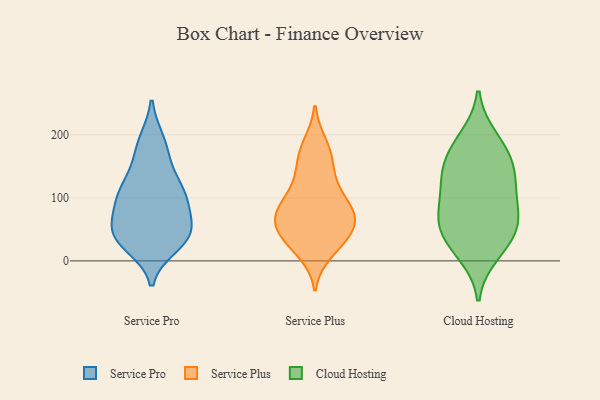
{"axis": {"x": "Inventory Turnover", "y": "Value"}, "legend": ["Cloud Hosting", "Service Plus", "Service Pro"], "data": [{"x": "", "y": 104, "type": "Service Pro"}, {"x": "", "y": 40, "type": "Service Pro"}, {"x": "", "y": 186, "type": "Service Pro"}, {"x": "", "y": 72, "type": "Service Pro"}, {"x": "", "y": 159, "type": "Service Pro"}, {"x": "", "y": 190, "type": "Service Pro"}, {"x": "", "y": 94, "type": "Service Pro"}, {"x": "", "y": 48, "type": "Service Pro"}, {"x": "", "y": 49, "type": "Service Pro"}, {"x": "", "y": 132, "type": "Service Pro"}, {"x": "", "y": 103, "type": "Service Pro"}, {"x": "", "y": 99, "type": "Service Pro"}, {"x": "", "y": 114, "type": "Service Pro"}, {"x": "", "y": 35, "type": "Service Pro"}, {"x": "", "y": 25, "type": "Service Pro"}, {"x": "", "y": 41, "type": "Service Pro"}, {"x": "", "y": 37, "type": "Service Pro"}, {"x": "", "y": 66, "type": "Service Plus"}, {"x": "", "y": 76, "type": "Service Plus"}, {"x": "", "y": 14, "type": "Service Plus"}, {"x": "", "y": 90, "type": "Service Plus"}, {"x": "", "y": 58, "type": "Service Plus"}, {"x": "", "y": 141, "type": "Service Plus"}, {"x": "", "y": 43, "type": "Service Plus"}, {"x": "", "y": 28, "type": "Service Plus"}, {"x": "", "y": 26, "type": "Service Plus"}, {"x": "", "y": 102, "type": "Service Plus"}, {"x": "", "y": 41, "type": "Service Plus"}, {"x": "", "y": 164, "type": "Service Plus"}, {"x": "", "y": 102, "type": "Service Plus"}, {"x": "", "y": 63, "type": "Service Plus"}, {"x": "", "y": 132, "type": "Service Plus"}, {"x": "", "y": 71, "type": "Service Plus"}, {"x": "", "y": 176, "type": "Service Plus"}, {"x": "", "y": 74, "type": "Service Plus"}, {"x": "", "y": 185, "type": "Service Plus"}, {"x": "", "y": 111, "type": "Cloud Hosting"}, {"x": "", "y": 120, "type": "Cloud Hosting"}, {"x": "", "y": 52, "type": "Cloud Hosting"}, {"x": "", "y": 184, "type": "Cloud Hosting"}, {"x": "", "y": 144, "type": "Cloud Hosting"}, {"x": "", "y": 158, "type": "Cloud Hosting"}, {"x": "", "y": 146, "type": "Cloud Hosting"}, {"x": "", "y": 63, "type": "Cloud Hosting"}, {"x": "", "y": 195, "type": "Cloud Hosting"}, {"x": "", "y": 75, "type": "Cloud Hosting"}, {"x": "", "y": 26, "type": "Cloud Hosting"}, {"x": "", "y": 43, "type": "Cloud Hosting"}, {"x": "", "y": 82, "type": "Cloud Hosting"}, {"x": "", "y": 11, "type": "Cloud Hosting"}]}